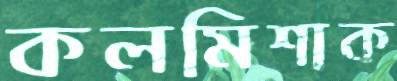
কলমিশাক